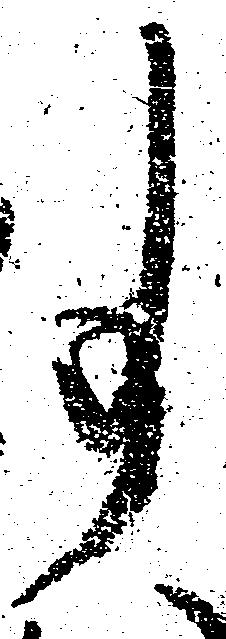
事